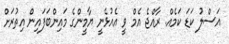
އަސްލު ކަޑަ ކަމެއް. ރާއްޖެ އެމް ވީ އެއުޅެނީ ޔާމީންގެ މައިންބަފައިން އިތުރަށް